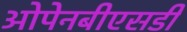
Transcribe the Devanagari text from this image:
ओपेनबीएसडी